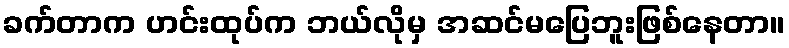
ခက်တာက ဟင်းထုပ်က ဘယ်လိုမှ အဆင်မပြေဘူးဖြစ်နေတာ။